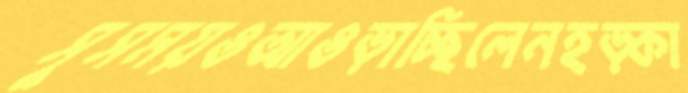
সুসময়ওআওড়াচ্ছিলেনহড়্‌কা